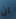
ان